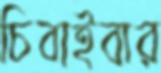
চিবাইবার